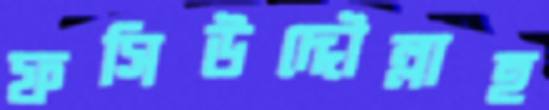
ফসিউদ্দৌল্লাহ